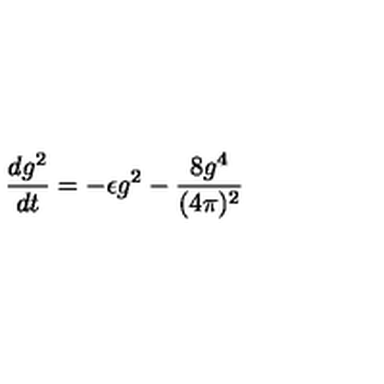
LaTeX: \frac { d g ^ { 2 } } { d t } = - \epsilon g ^ { 2 } - \frac { 8 g ^ { 4 } } { ( 4 \pi ) ^ { 2 } }